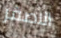
الاصفر